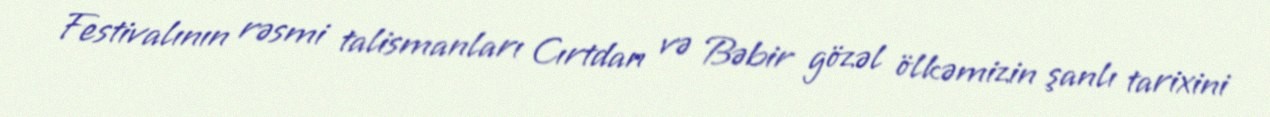
Festivalının rəsmi talismanları Cırtdan və Bəbir gözəl ölkəmizin şanlı tarixini